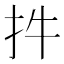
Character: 𢪧